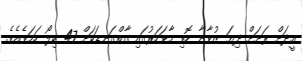
އީދަށް ރަށަށް ދިޔަ ޒުވާނާ ހޮވި މާވަހަރުގައި ގާތްގަނޑަކަށް 47 ކިލޯ ހަމަވެއެވެ.